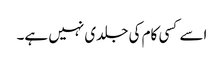
اسے کسی کام کی جلدی نہیں ہے۔